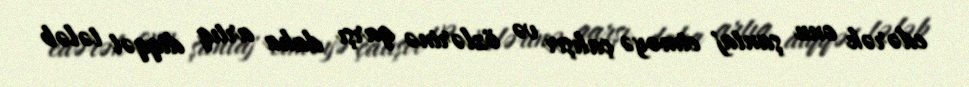
edərək onu şantaj etməyə çalışır və özlərinə qarşı daha artıq diqqət tələb